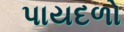
પાયદળો